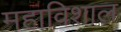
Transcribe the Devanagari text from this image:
महाविशाल